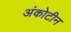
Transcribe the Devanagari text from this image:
अंकोटीन